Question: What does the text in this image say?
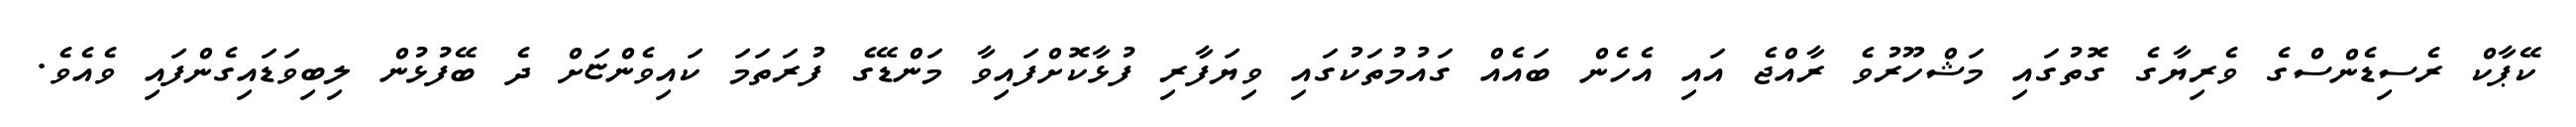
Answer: ކޭޕާކް ރެސިޑެންސްގެ ވެރިޔާގެ ގޮތުގައި މަޝްހޫރުވެ ރާއްޖެ އައި އެހެން ބައެއް ގައުމުތަކުގައި ވިޔަފާރި ފުޅާކޮށްފައިވާ މަންޑޭގެ ފުރަތަމަ ކައިވެންޏަށް ދެ ބޭފުޅުން ލިބިވަޑައިގެންފައި ވެއެވެ.